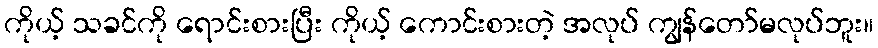
ကိုယ့် သခင်ကို ရောင်းစားပြီး ကိုယ့် ကောင်းစားတဲ့ အလုပ် ကျွန်တော်မလုပ်ဘူး။